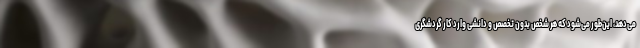
می‌دهد، این‌طور می‌شود که هر شخص بدون تخصص و دانشی وارد کار گردشگری